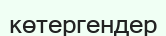
көтергендер